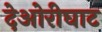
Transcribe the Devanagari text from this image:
देओरीघाट